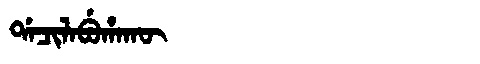
Manchu: ᡩᠠᠴᡳᠯᠠᠪᡠᡥᠠᡴᡡ
Romanization: DACILABUHAKŪ